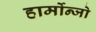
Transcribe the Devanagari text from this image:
हार्मोन्जो